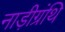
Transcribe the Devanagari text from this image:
नाड़ीग्रंथि